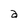
Character: a